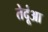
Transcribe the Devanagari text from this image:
तेदूंआ